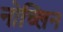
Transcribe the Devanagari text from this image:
नोच्लिन